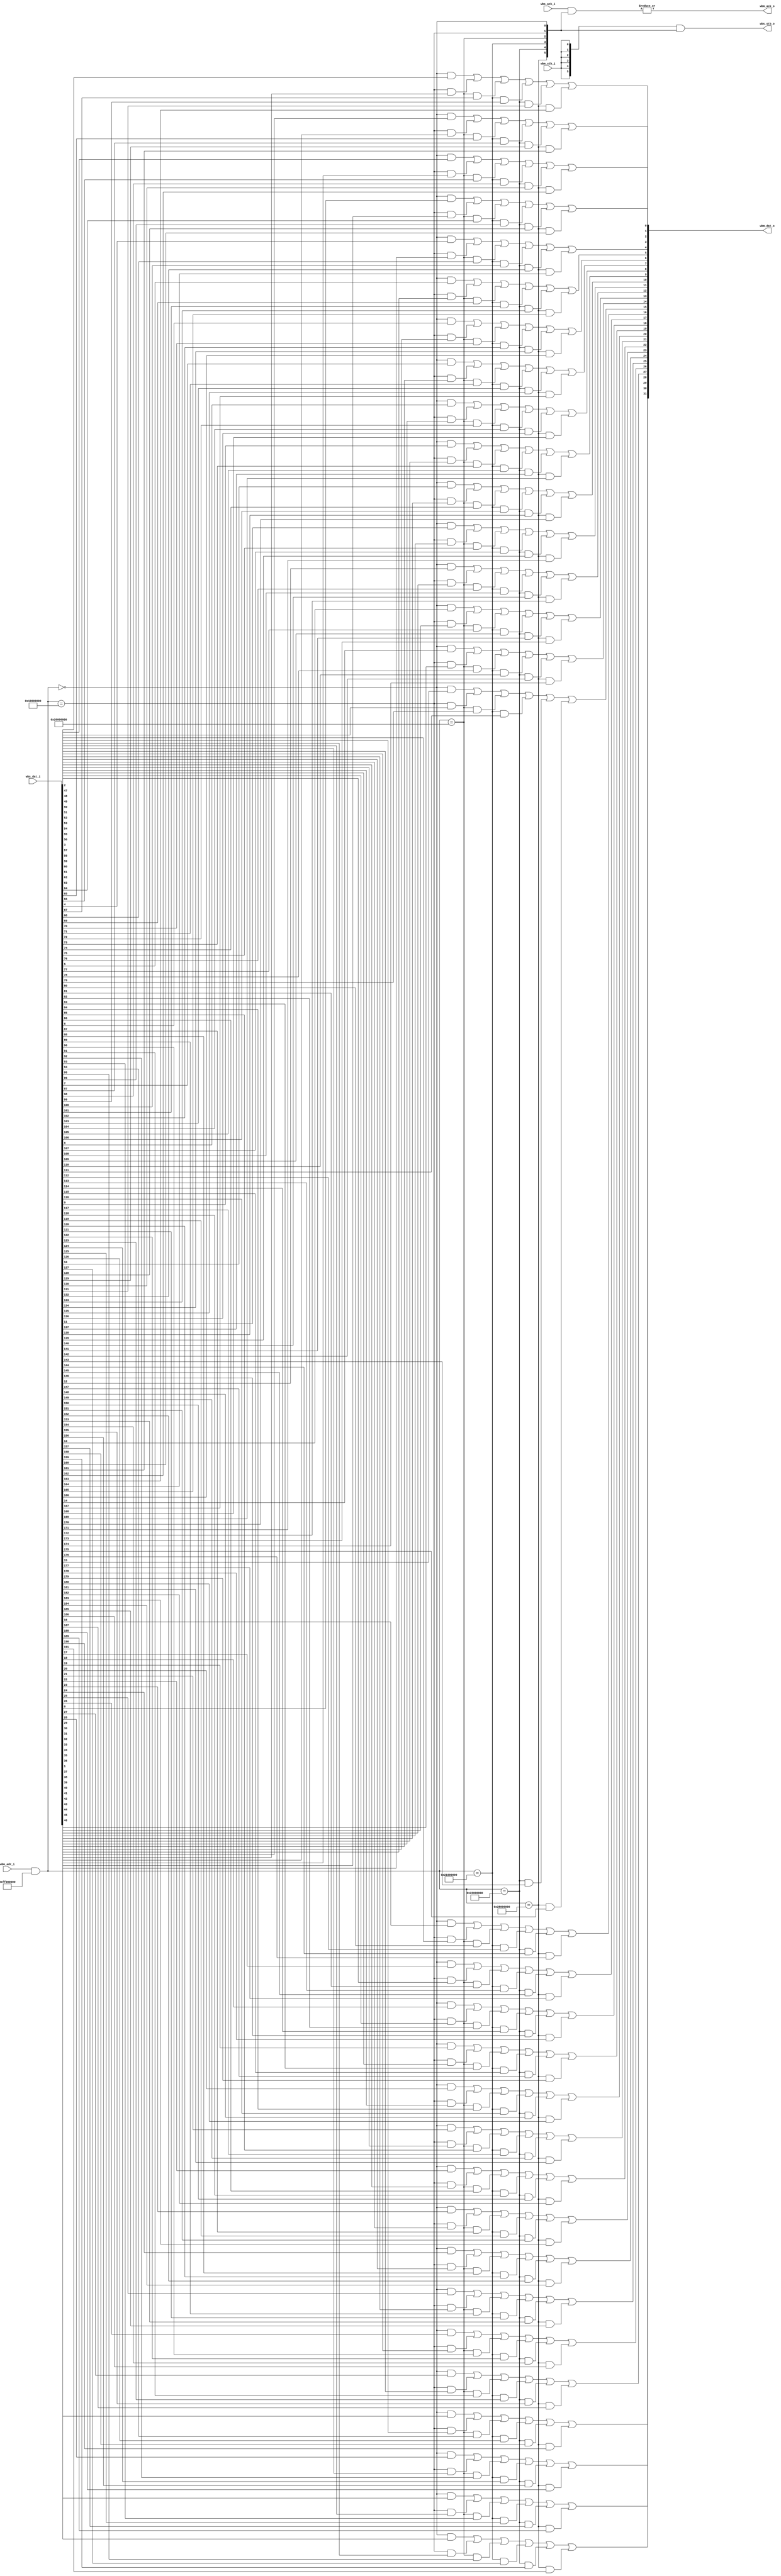
`default_nettype none
module wb_intercon #(
    parameter DW = 32,          // Data Width
    parameter AW = 32,          // Address Width
    parameter NS = 6           // Number of Slaves
) (
    // Master Interface
    input [AW-1:0] wbm_adr_i,
    input wbm_stb_i,

    output reg [DW-1:0] wbm_dat_o,
    output wbm_ack_o,

    // Slave Interface
    input [NS*DW-1:0] wbs_dat_i,
    input [NS-1:0] wbs_ack_i,
    output [NS-1:0] wbs_stb_o
);
    parameter [NS*AW-1:0] ADR_MASK = {      // Page & Sub-page bits
        {8'hFF, {24{1'b0}} },
        {8'hFF, {24{1'b0}} },
        {8'hFF, {24{1'b0}} },
        {8'hFF, {24{1'b0}} },
        {8'hFF, {24{1'b0}} },
        {8'hFF, {24{1'b0}} }
    };
    parameter [NS*AW-1:0] SLAVE_ADR = {
        { 32'h2800_0000 },    // Flash Configuration Register
        { 32'h2200_0000 },    // System Control
        { 32'h2100_0000 },    // GPIOs
        { 32'h2000_0000 },    // UART 
        { 32'h1000_0000 },    // Flash 
        { 32'h0000_0000 }     // RAM
    };
    
    wire [NS-1: 0] slave_sel;

    // Address decoder
    genvar iS;
    generate
        for (iS = 0; iS < NS; iS = iS + 1) begin
            assign slave_sel[iS] = 
                ((wbm_adr_i & ADR_MASK[(iS+1)*AW-1:iS*AW]) == SLAVE_ADR[(iS+1)*AW-1:iS*AW]);
        end
    endgenerate

    // Data-out Assignment
    assign wbm_ack_o = |(wbs_ack_i & slave_sel);
    assign wbs_stb_o =  {NS{wbm_stb_i}} & slave_sel;

    integer i;
    always @(*) begin
        wbm_dat_o = {DW{1'b0}};
        for (i=0; i<(NS*DW); i=i+1)
            wbm_dat_o[i%DW] = wbm_dat_o[i%DW] | (slave_sel[i/DW] & wbs_dat_i[i]);
    end
 
endmodule
`default_nettype wire